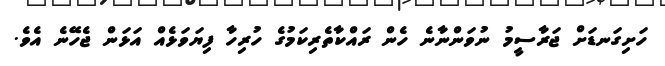
ހަށިގަނޑަށް ޖަރާސީމު ނުވަންނާނެ ހެން ރައްކާތެރިކަމުގެ ހުރިހާ ފިޔަވަޅެއް އަޅަން ޖެހޭނެ އެވެ.